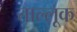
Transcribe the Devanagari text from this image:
ताल्लूक